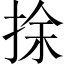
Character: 捈